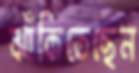
ঝাঁকিতেছেন